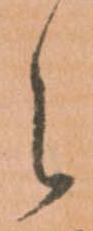
之